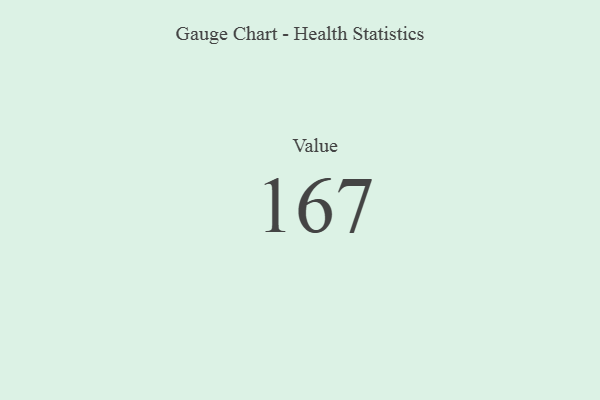
{"axis": {"x": "Metric", "y": "Value"}, "legend": [""], "data": [{"x": "Value", "y": 167, "type": ""}]}